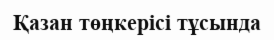
Қазан төңкерісі тұсында